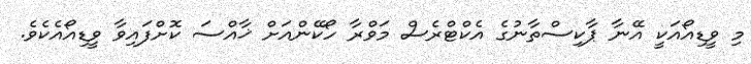
މި ވީޑިއޯއަކީ އޭނާ ޕާކިސްތާނުގެ އެކްޓްރެސް މަވްރާ ހޯކޭންއަށް ޚާއްސަ ކޮށްފައިވާ ވީޑިއޯއެކެވެ.